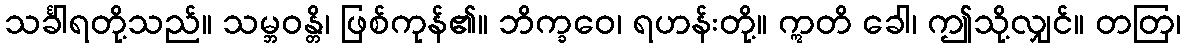
သင်္ခါရတို့သည်။ သမ္ဘဝန္တိ၊ ဖြစ်ကုန်၏။ ဘိက္ခဝေ၊ ရဟန်းတို့။ ဣတိ ခေါ၊ ဤသို့လျှင်။ တတြ၊